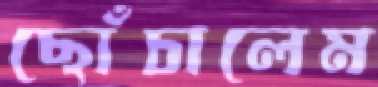
ছোঁচালেম